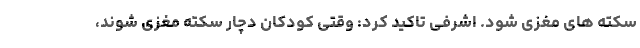
سکته های مغزی شود. اشرفی تاکید کرد: وقتی کودکان دچار سکته مغزی شوند،